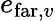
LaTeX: e_{\mathrm{far},v}